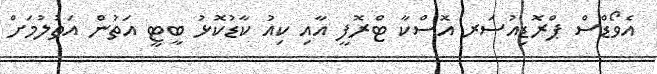
އެވޯޑްސް ޕްރޮޑިއުސަރ އޮސްކާ ޓްރޮފީ އާއި ކިއު ކާޑުކޮޅު ބީޓީ އަތުން އަތުލުމަށް